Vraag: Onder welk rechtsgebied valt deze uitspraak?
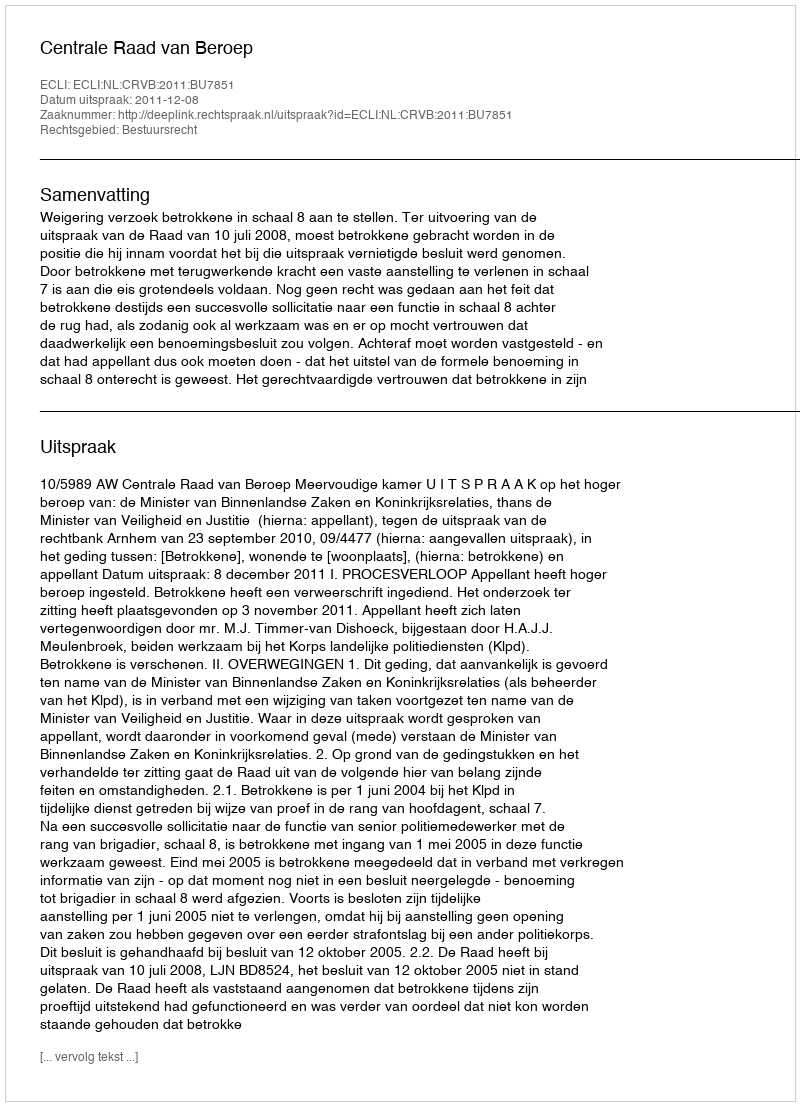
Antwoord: Bestuursrecht